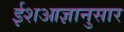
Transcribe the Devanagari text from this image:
ईशआज्ञानुसार